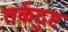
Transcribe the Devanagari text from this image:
तर्कदुष्ट